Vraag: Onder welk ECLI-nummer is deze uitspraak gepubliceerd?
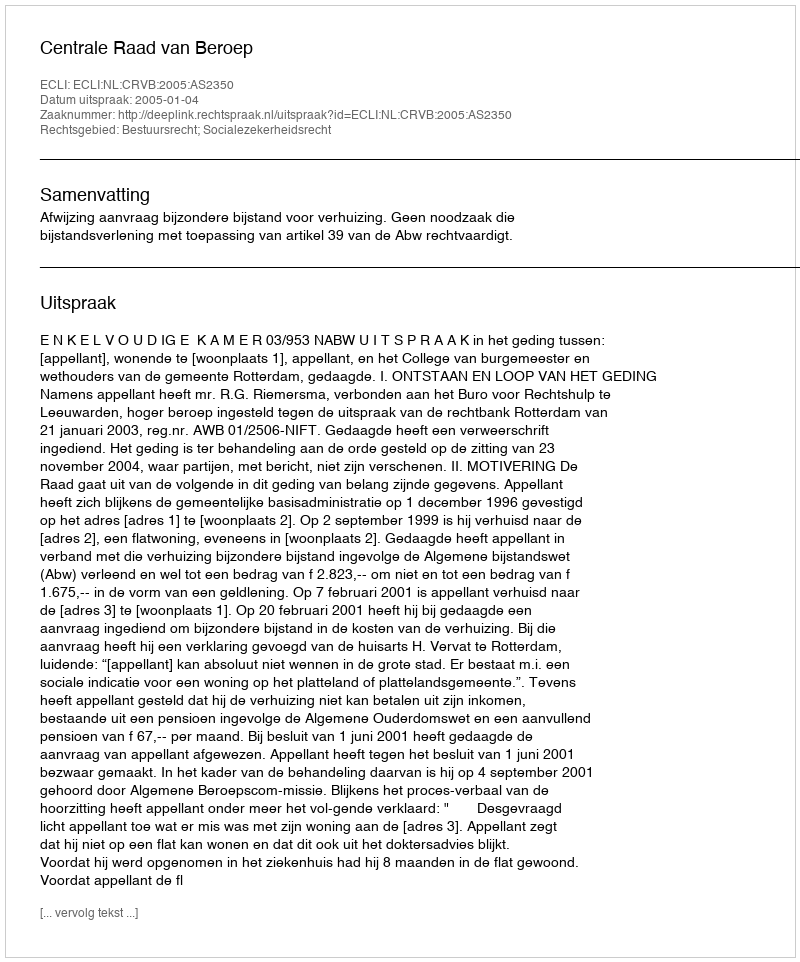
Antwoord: ECLI:NL:CRVB:2005:AS2350